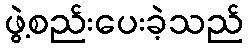
ဖွဲ့စည်းပေးခဲ့သည်